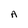
Character: A